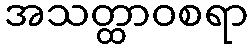
အသတ္ထာဝစရာ